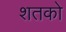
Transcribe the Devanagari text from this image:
शतको